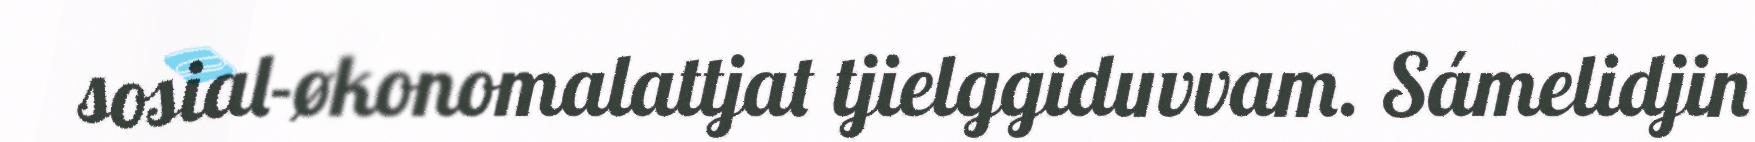
sosial-økonomalattjat tjielggiduvvam. Sámelidjin